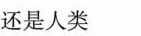
还是人类